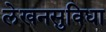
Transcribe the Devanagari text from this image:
लेखनसुविधा